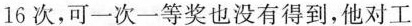
16次，可一次一等奖也没有得到，他对工